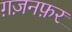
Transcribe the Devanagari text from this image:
ग़ज़नफ़र